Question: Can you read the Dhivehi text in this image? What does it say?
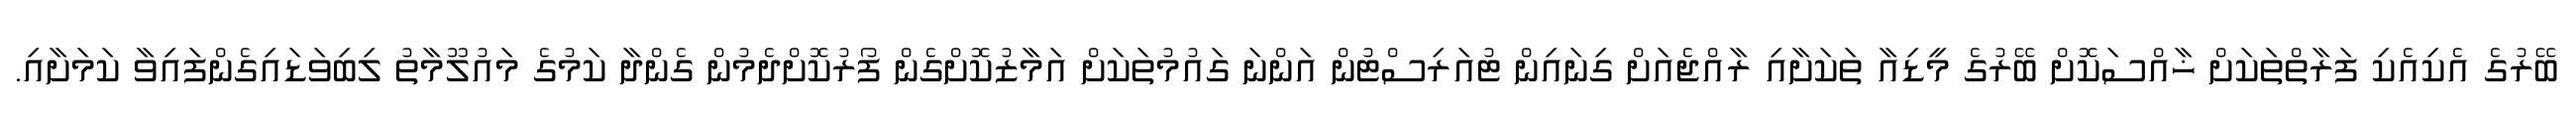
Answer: ބޭރުގެ އެކިއެކި ފަރާތްތަކަށް ޚާއްސަކޮށް ބޭރުގެ މީޑިއާ ތަކަށާއި ރާއްޖެއަށް ގިނައިން ޓުއަރިސްޓުން އަންނަ ގައުމުތަކަށް އަމާޒުކޮށްގެން ފޯރުކޮށްދެމުން ގެންދާ ކަމުގެ މައުލޫމާތު ލިބިވަޑައިގެންފައިވާ ކަމަށާއި.